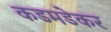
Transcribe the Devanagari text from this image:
कडमडेकर